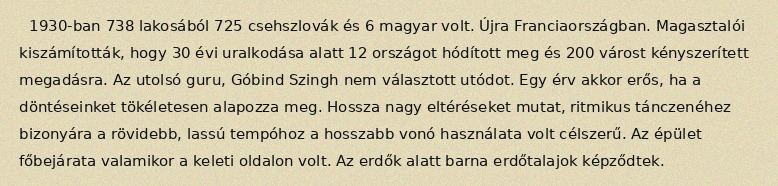
1930-ban 738 lakosából 725 csehszlovák és 6 magyar volt. Újra Franciaországban. Magasztalói kiszámították, hogy 30 évi uralkodása alatt 12 országot hódított meg és 200 várost kényszerített megadásra. Az utolsó guru, Góbind Szingh nem választott utódot. Egy érv akkor erős, ha a döntéseinket tökéletesen alapozza meg. Hossza nagy eltéréseket mutat, ritmikus tánczenéhez bizonyára a rövidebb, lassú tempóhoz a hosszabb vonó használata volt célszerű. Az épület főbejárata valamikor a keleti oldalon volt. Az erdők alatt barna erdőtalajok képződtek.